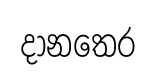
දානතෙර